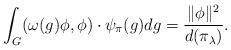
LaTeX: \begin{align*}\int_G (\omega(g)\phi,\phi) \cdot \psi_{\pi}(g)dg =\frac{\|\phi\|^2}{d(\pi_\lambda)}.\end{align*}